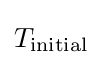
T_{\mathrm {initial} }